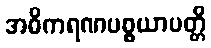
အဓိကရဏပစ္စယာပတ္တိ